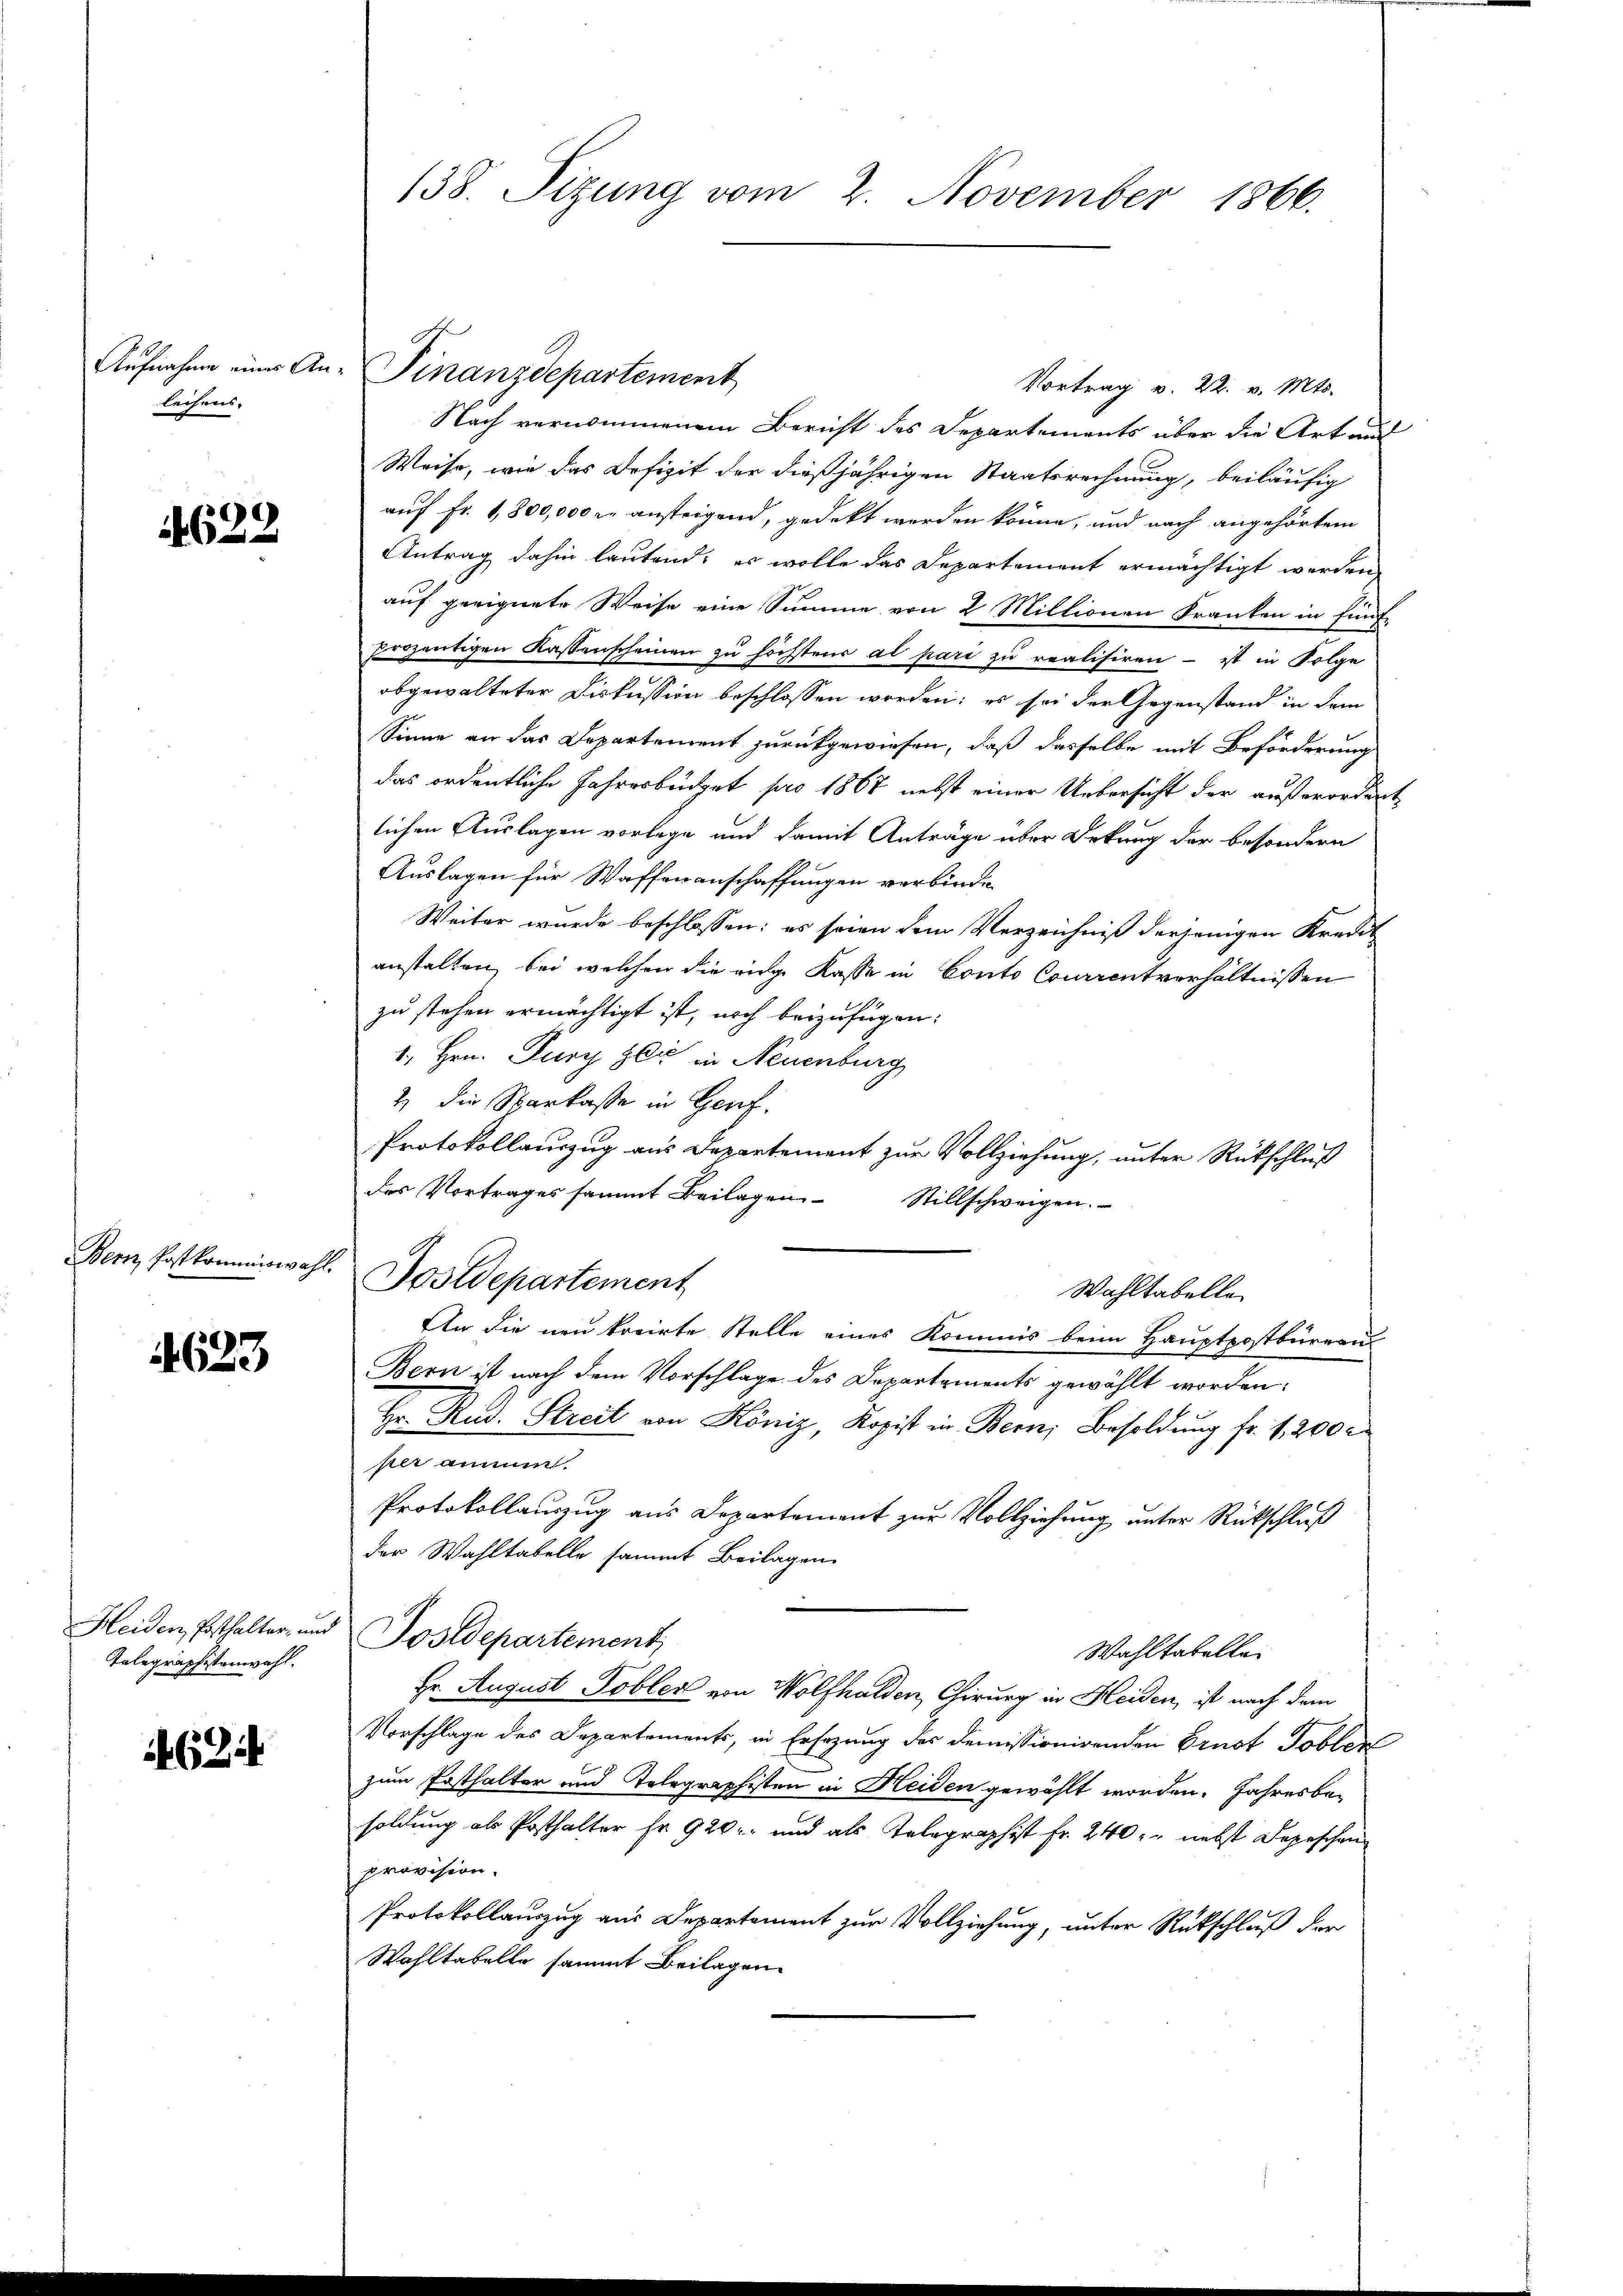
leihens- |

4622

Bern Postkommiswahl.

1623

Telegraphistenwahl.

624

Vortrag v. 22. v. Mts.
Nach vernommenem Bericht des Departements über die Art und
Weise, wie das Defizit der dießjährigen Staatsrechnung, beiläufig
auf Fr. 1,800,000 r. ansteigend, gedekt werden könne, und nach angehörtem
Antrag dahin lautend; es wolle das Departement ermächtigt werden
auf geeignete Weise eine Summe von 2 Millionen Franken in fünfprozentigen Kassenscheinen zu höchstens al pari zu realisiren - ist in Folge
abgewalteter Diskussion beschlossen worden; es sei der Gegenstand in dem
Sinne an das Departement zurückgewiesen, daß dasselbe mit Beförderung
das ordentliche Jahresbürget pro 1867 nebst einer Uebersicht der außerordnet
lichen Auslagen vorlege und damit Anträge über Dekung der besondern
Auslagen für Waffenanschaffungen verbinden
Weiter wurde beschlossen: es seien dem Verzeichniß derjenigen Kredit
anstalten, bei welchen die eige Kasse in Conto Courrentverhältnissen
zu stehen ermächtigt ist, noch beizufügen:
1., Hrn. Pury zli in Neuenburg
2 die Sarkasse in Genf.
Protokollauszug aus Departement zur Vollziehung, unter Rückschluß
des Vortrages sammt Beilagen Stillschweigen.
Postdepartement
Wahltabelle
En die neu korirte Stelle eines Kommis beim Hauptpostbüreau
Bern ist nach dem Vorschlage des Departements gewählt worden:
Hr. Rud. Streit von Köniz, Kopist in Bern, Besoldung fr. 1200 r
per ammen.
Protokollauszug aus Departement zur Vollziehung unter Rückschluß
der Wahltabelle sammt Beilagen
Heiden, Ersthalter, und Postdepartement,
Wahltabelle
Hr. August Tobler von Wolfhalden, Chirurg in Heiden, ist nach dem
Vorschlage des Departements, in Ersezung des Demissionirenden Brust Tobler
zum Posthalter und Telegraphisten in Heiden gewählt worden. Jahresbesoldung als Posthalter fr. 920, und als Telegraphist Fr. 240. nebst Depeschen
provision.
Protokollauszug aus Departement zur Vollziehung, unter Rückschluß der
Wahltabelle sammt Beilagen

138. Sizung vom 2. November 1866.

Aufnahme eines An- Finanzdepartement